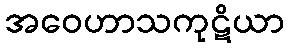
အဝေဟာသကုဋိယာ